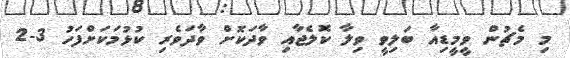
މި މެޗުން ވީމީޑިއާ ބަލިވީ ވިލާ ކޮލެޖާއި ވާދަކޮށް ވާދަވެރި ކުޅުމަކަށްފަހު 3-2